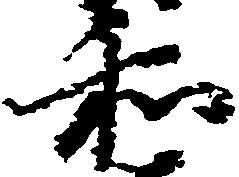
和